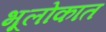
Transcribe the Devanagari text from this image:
भूलोकात